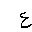
Letter: _ayn